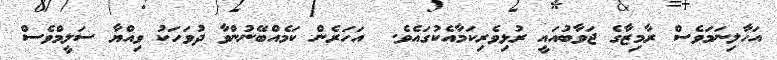
އަހާލިނަމަވެސް ރާމިޒާގެ ޖަވާބުއައީ ރުޅިވެރިކަމާއެކުގައެވެ.  އަހަރެން ކަމެއްބޭނުންވާ ދުވަހަކު ވިއްޔާ ސަލީމްވެސް